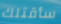
سأقتلك